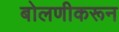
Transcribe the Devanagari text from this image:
बोलणीकरून